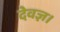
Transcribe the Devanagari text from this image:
देवज्ञ।